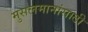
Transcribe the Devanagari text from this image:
मुसलमानांसाठी